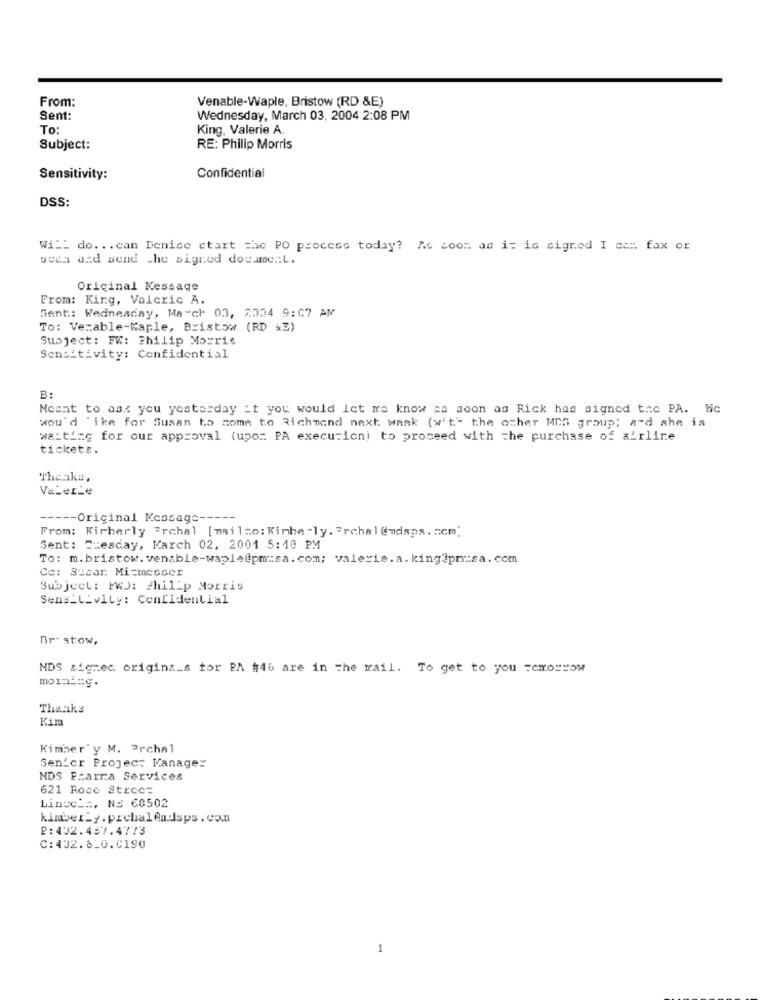
From:
Venable-Waple, Bristow (RD &E)
Sent:
Wednesday, March 03, 2004 2:08 PM
To:
King, Valerie A.
Subject:
RE: Philip Morris
Sensitivity:
Confidential
DSS:
Will do ... can Denise start =he PO process today? As soon as i= is signed I ce :. fax or
sech and send the signed douane ....
Original Message
From: King, Valcric A.
Sent: Wednesday, March 03, 2004 9:07 AM
To: Vezable-Kaple, Bristow (RD &3)
Subject: FW: Philip Morris
Sensitivity: Confidential
B:
Meant to ask you yesterday if you would let me know as soon as Rick has signed tac PA. Hc
wou'd 'ike for Susan to come to Richmond next waak (w't' the other MDS group) a-d she is
waiting for our approval (upor PA execution) to proceed with the purchase of airline
tickets.
Valerie
----- Original Message -----
From: Kirberly 7rchal [mail=o: Kimberly. = rchal @mdsps. com]
Sent: "zesday, Karch 02, 2001 5:10 PM
To: m.bristow. venable-waple@pmusa. com; valerie.a.king3pmvisa.com
Co: Szaar. Mi=messer
Subject: FWD: Philip Morris
Sensitivity: Confidential
Br- stow,
MDS &igrec origina_s for PA #46 are in The mail. To get to you =cmorrow
morning.
Thanks
Kim
Kimber y M. Prchal
Sen'er Projec: Kanage:
MDS Fcarra Services
621 Rose Strec=
Linge _:, N3 60502
kimberly.prchalAndsps . con
P:402.457.4773
C:432.820.0190